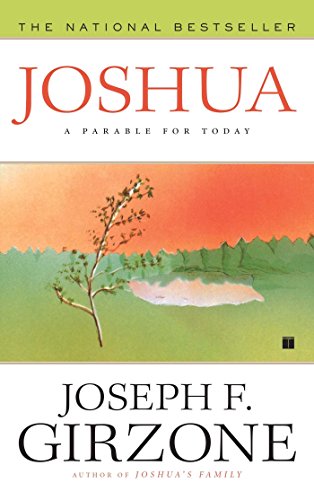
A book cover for Joshua: A Parable for Today; Joseph F. Girzone; Christian Books & Bibles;